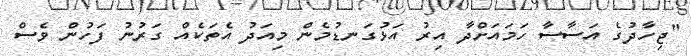
"ޖިހާދުގެ އަސާސާ ހަމައަށްދާ އިރު އަޅުގަނޑުމެން މިއަދު އެތަކެއް ގަރުނު ފަހުން ވެސް